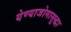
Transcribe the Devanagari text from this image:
येण्याजोगासुद्धा